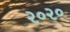
૨૦૨૦